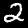
Label: 2